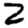
Digit: 2